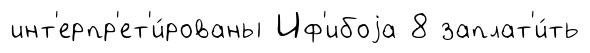
инт'ерпр'ет'и́рованы Иф'ибоjа 8 заплат'и́ть